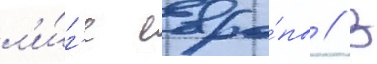
л'и́г'е евро́пы // В